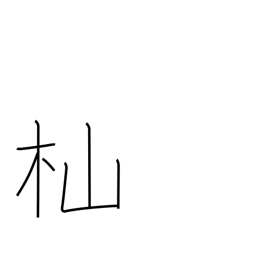
Meaning: woodcutter